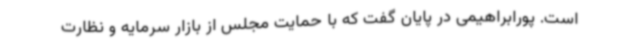
است. پورابراهیمی در پایان گفت که با حمایت مجلس از بازار سرمایه و نظارت